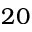
2 0